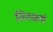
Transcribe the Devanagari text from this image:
विश्कर्ष